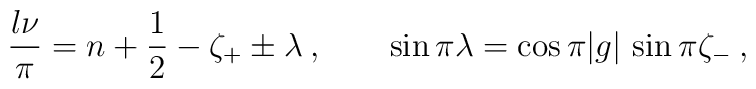
\frac{l\nu}{\pi} = n + \frac{1}{2} - \zeta_+ \pm \lambda \>,\qquad\sin \pi \lambda = \cos \pi |g|\, \sin \pi \zeta_-  \>,